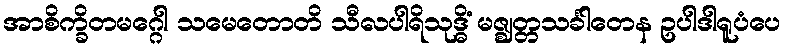
အာစိက္ခိတမဂ္ဂေါ သမေတောတိ သီလပါရိသုဒ္ဓိံ မဇ္ဈတ္တသင်္ခါတေန ဥပါဒါရူပံပေ